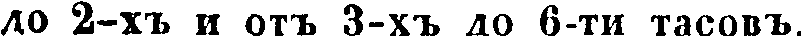
до 2-хъ и отъ 3-хъ до 6-ти тасовъ.